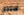
ستنال